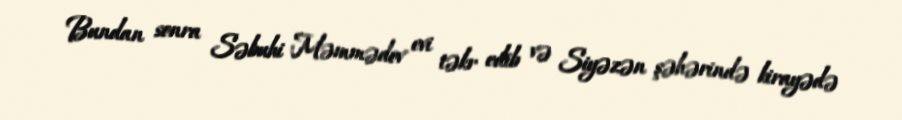
Bundan sonra Səbuhi Məmmədov evi təkr edib və Siyəzən şəhərində kirayədə